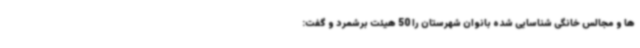
ها و مجالس خانگی شناسایی شده بانوان شهرستان را 50 هیئت برشمرد و گفت: